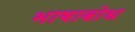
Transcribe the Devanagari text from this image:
भाषाबोध